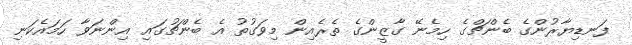
ފަނޑިޔާރުންގެ ބެންޗްގެ ހިމެނޭ ގާޒީންގެ ތެރެއިން މިވަގުތު އެ ބެންޗުގައި އިންނަވާ ހަމައެކަނި